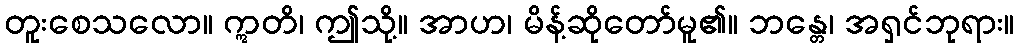
တူးစေသလော။ ဣတိ၊ ဤသို့။ အာဟ၊ မိန့်ဆိုတော်မူ၏။ ဘန္တေ၊ အရှင်ဘုရား။